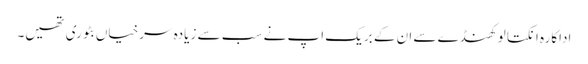
اداکارہ انکتا لوکھنڈے سے ان کے بریک اپ نے سب سے زیادہ سرخیاں بٹوری تھیں۔